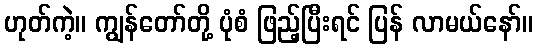
ဟုတ်ကဲ့။ ကျွန်တော်တို့ ပုံစံ ဖြည့်ပြီးရင် ပြန် လာမယ်နော်။